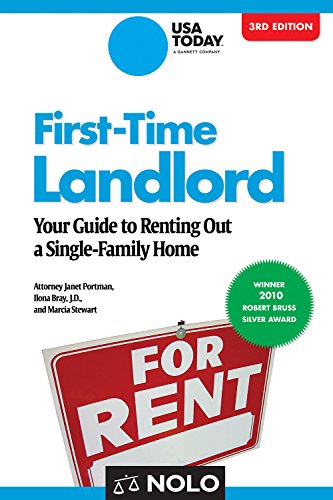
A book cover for First-Time Landlord: Your Guide to Renting out a Single-Family Home; Janet Portman Attorney Attorney; Parenting & Relationships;